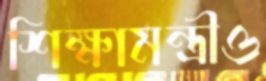
শিক্ষামন্ত্রীও